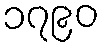
၁၇၉၀